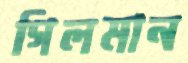
গিলমান